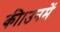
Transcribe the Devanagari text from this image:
की।उनमें